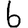
Digit: 6